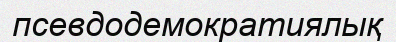
псевдодемократиялық